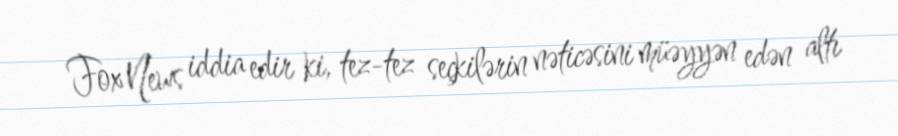
Fox News iddia edir ki, tez-tez seçkilərin nəticəsini müəyyən edən altı